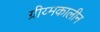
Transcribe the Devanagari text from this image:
ग्रीय्मकालीन